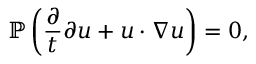
\mathbb { P } \left( \frac { \partial } { t } { \partial u } + u \cdot \nabla u \right) = 0 ,